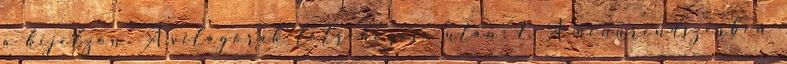
a kijelzőn. A világórák létrehozása után: 1. A menürendszerben